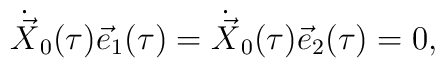
\dot{\vec{X}}_{0}(\tau) \vec{e}_{1}(\tau) = \dot{\vec{X}}_{0}(\tau)\vec{e}_{2}(\tau) = 0,